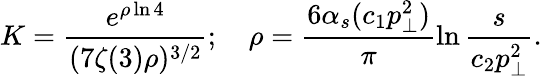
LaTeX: K=\frac{e^{\rho\ln 4}}{(7\zeta(3)\rho)^{3/2}};\quad\rho=\frac{6\alpha_{s}(c_{1}p_{\bot}^{2})}{\pi}\ln{\frac{s}{c_{2}p_{\bot}^{2}}}.